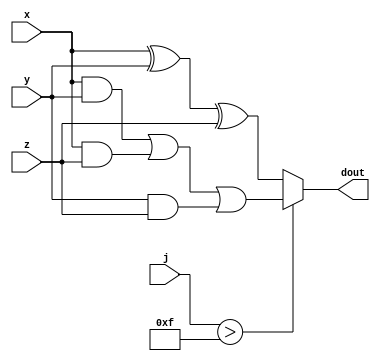
`timescale 1ns / 1ps
//////////////////////////////////////////////////////////////////////////////////
// Company: 
// 
// Design Name: 
// Module Name:    ffj
// Project Name: 
// Target Devices: 
// Tool versions: 
// Description: 
//
// Dependencies: 
//
// Revision: 
// Revision 0.01 - File Created
// Additional Comments: 
//     calculate ffj
//////////////////////////////////////////////////////////////////////////////////
module ffj (
    x,
    y,
    z,
    j,
    dout
);
    input wire[31:0] x;
    input wire[31:0] y;
    input wire[31:0] z;
    input wire[6:0] j;
    output wire[31:0] dout;

    wire[31:0] temp1;
    wire[31:0] temp2;
    assign temp1 = x ^ y ^ z;
    assign temp2 = ( x & y ) | ( x & z ) | ( y & z ) ;
    
    assign dout = ( j > 15 ) ? temp2 : temp1 ;
endmodule